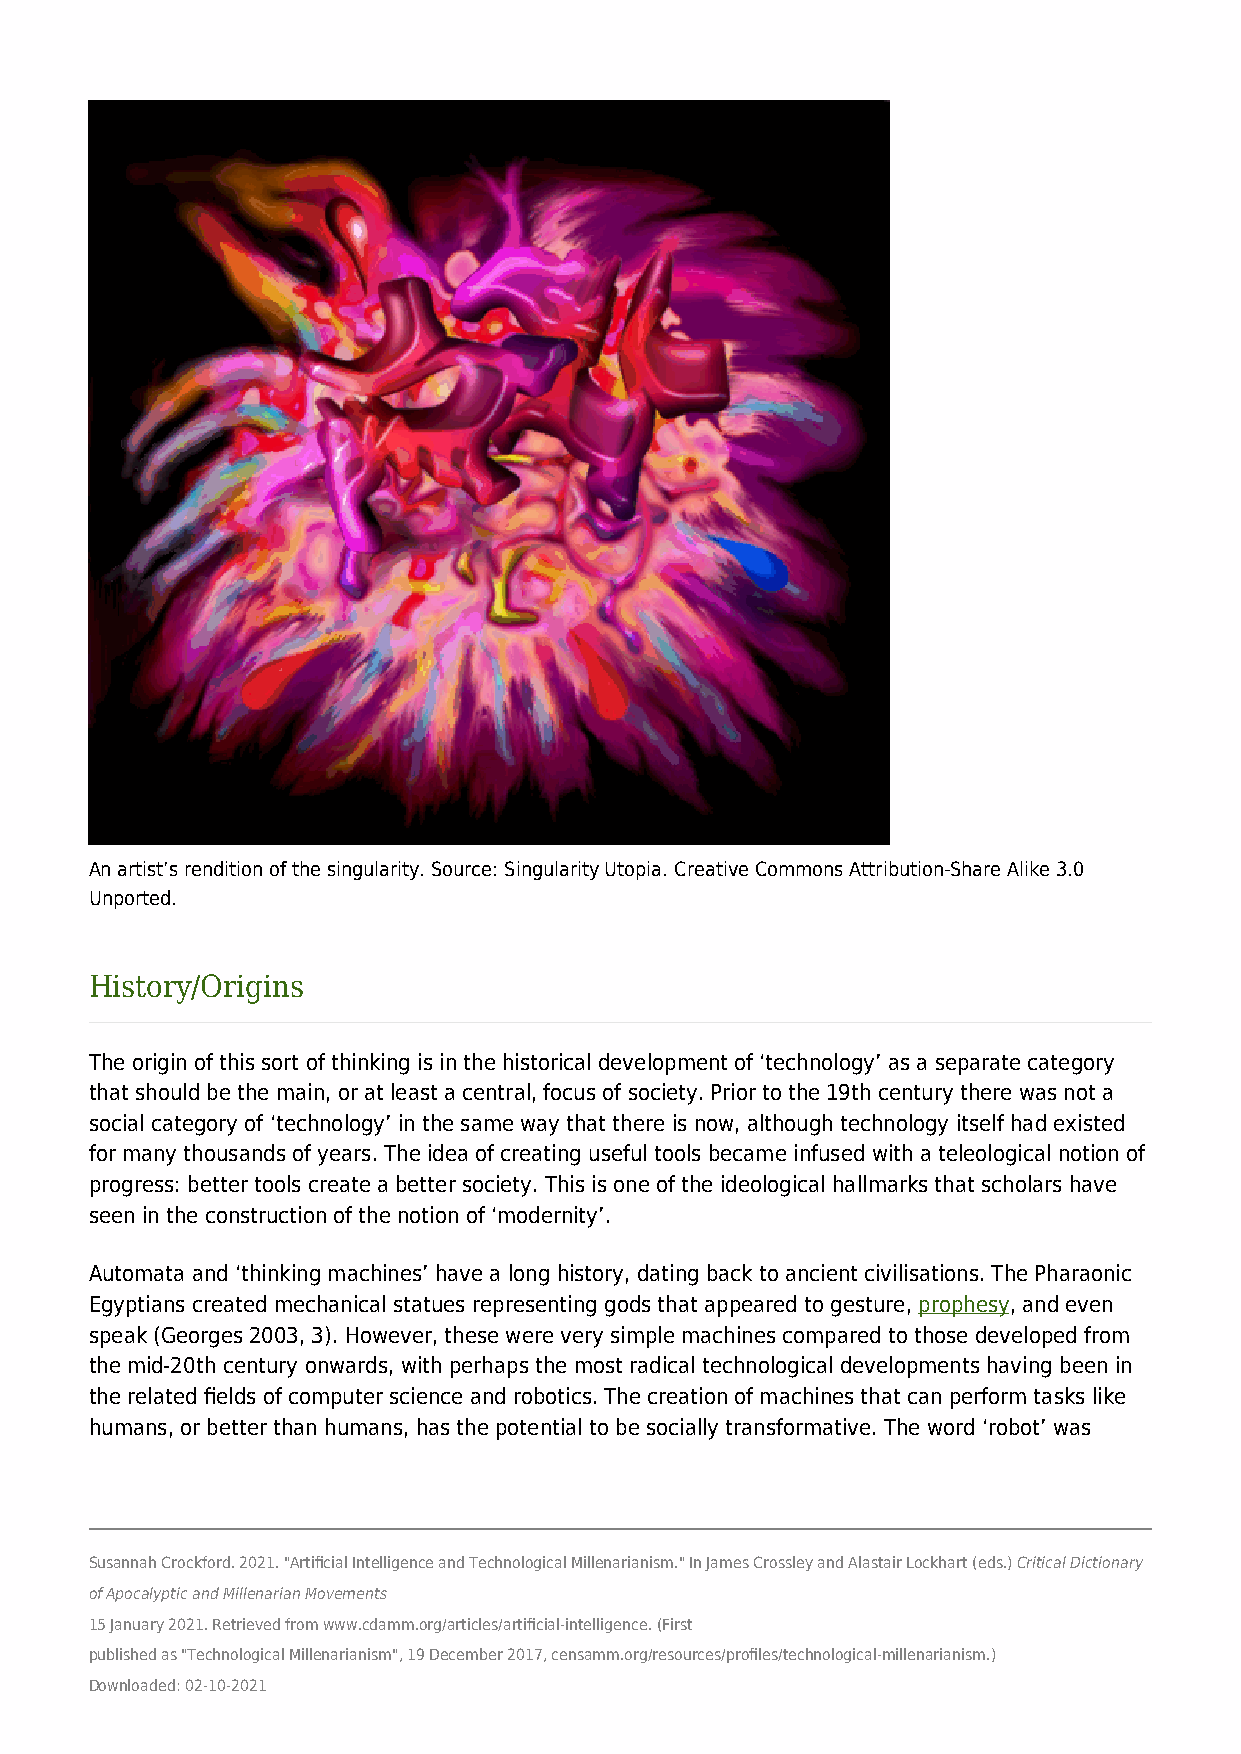
An artist’s rendition of the singularity. Source: Singularity Utopia. Creative Commons Attribution-Share Alike 3.0
 Unported.
 History/Origins
 The origin of this sort of thinking is in the historical development of ‘technology’ as a separate category
 that should be the main, or at least a central, focus of society. Prior to the 19th century there was not a
 social category of ‘technology’ in the same way that there is now, although technology itself had existed
 for many thousands of years. The idea of creating useful tools became infused with a teleological notion of
 progress: better tools create a better society. This is one of the ideological hallmarks that scholars have
 seen in the construction of the notion of ‘modernity’.
 Automata and ‘thinking machines’ have a long history, dating back to ancient civilisations. The Pharaonic
 Egyptians created mechanical statues representing gods that appeared to gesture, prophesy, and even
 speak (Georges 2003, 3). However, these were very simple machines compared to those developed from
 the mid-20th century onwards, with perhaps the most radical technological developments having been in
 the related fields of computer science and robotics. The creation of machines that can perform tasks like
 humans, or better than humans, has the potential to be socially transformative. The word ‘robot’ was
 Susannah Crockford. 2021. "Artificial Intelligence and Technological Millenarianism." In James Crossley and Alastair Lockhart (eds.) Critical Dictionary
 of Apocalyptic and Millenarian Movements
 15 January 2021. Retrieved from www.cdamm.org/articles/artificial-intelligence. (First
 published as "Technological Millenarianism", 19 December 2017, censamm.org/resources/profiles/technological-millenarianism.)
 Downloaded: 02-10-2021